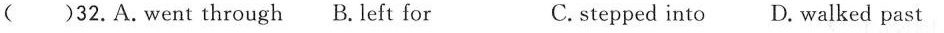
( )32.A.went through B.left for Cstepped into D.walked past